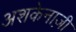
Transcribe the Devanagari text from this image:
अशकेनाज़ी